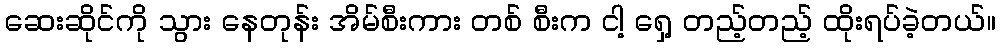
ဆေးဆိုင်ကို သွား နေတုန်း အိမ်စီးကား တစ် စီးက ငါ့ ရှေ့ တည့်တည့် ထိုးရပ်ခဲ့တယ်။